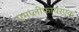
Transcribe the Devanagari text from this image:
एमप्लीफायरएक